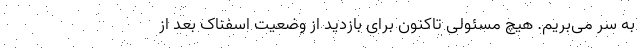
به سر می‌بریم. هیچ مسئولی تاکنون برای بازدید از وضعیت اسفناک بعد از